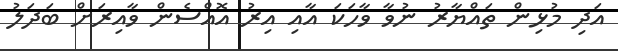
އަދި މުޅިން ތައްޔާރު ނުވާ ވާހަކަ އާއި އިރު އޮއްސެން ވާއިރަށް ބަދަލު